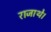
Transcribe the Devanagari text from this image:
राजाथे।